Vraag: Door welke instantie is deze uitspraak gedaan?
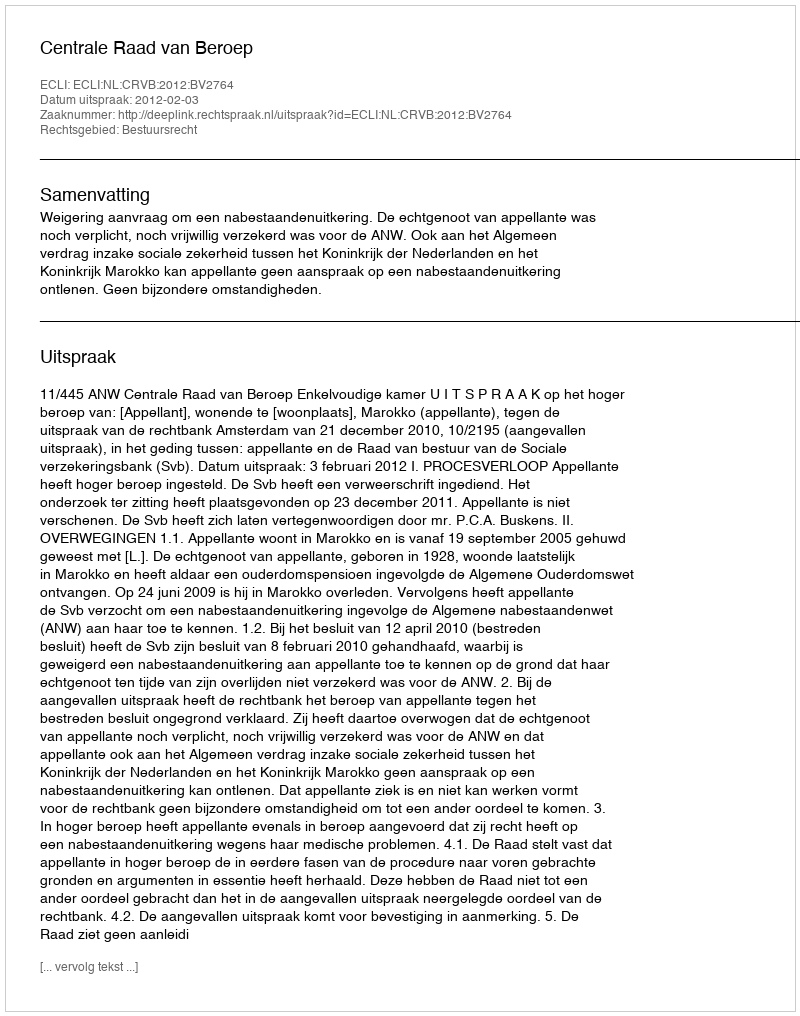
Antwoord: Centrale Raad van Beroep